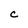
Character: c